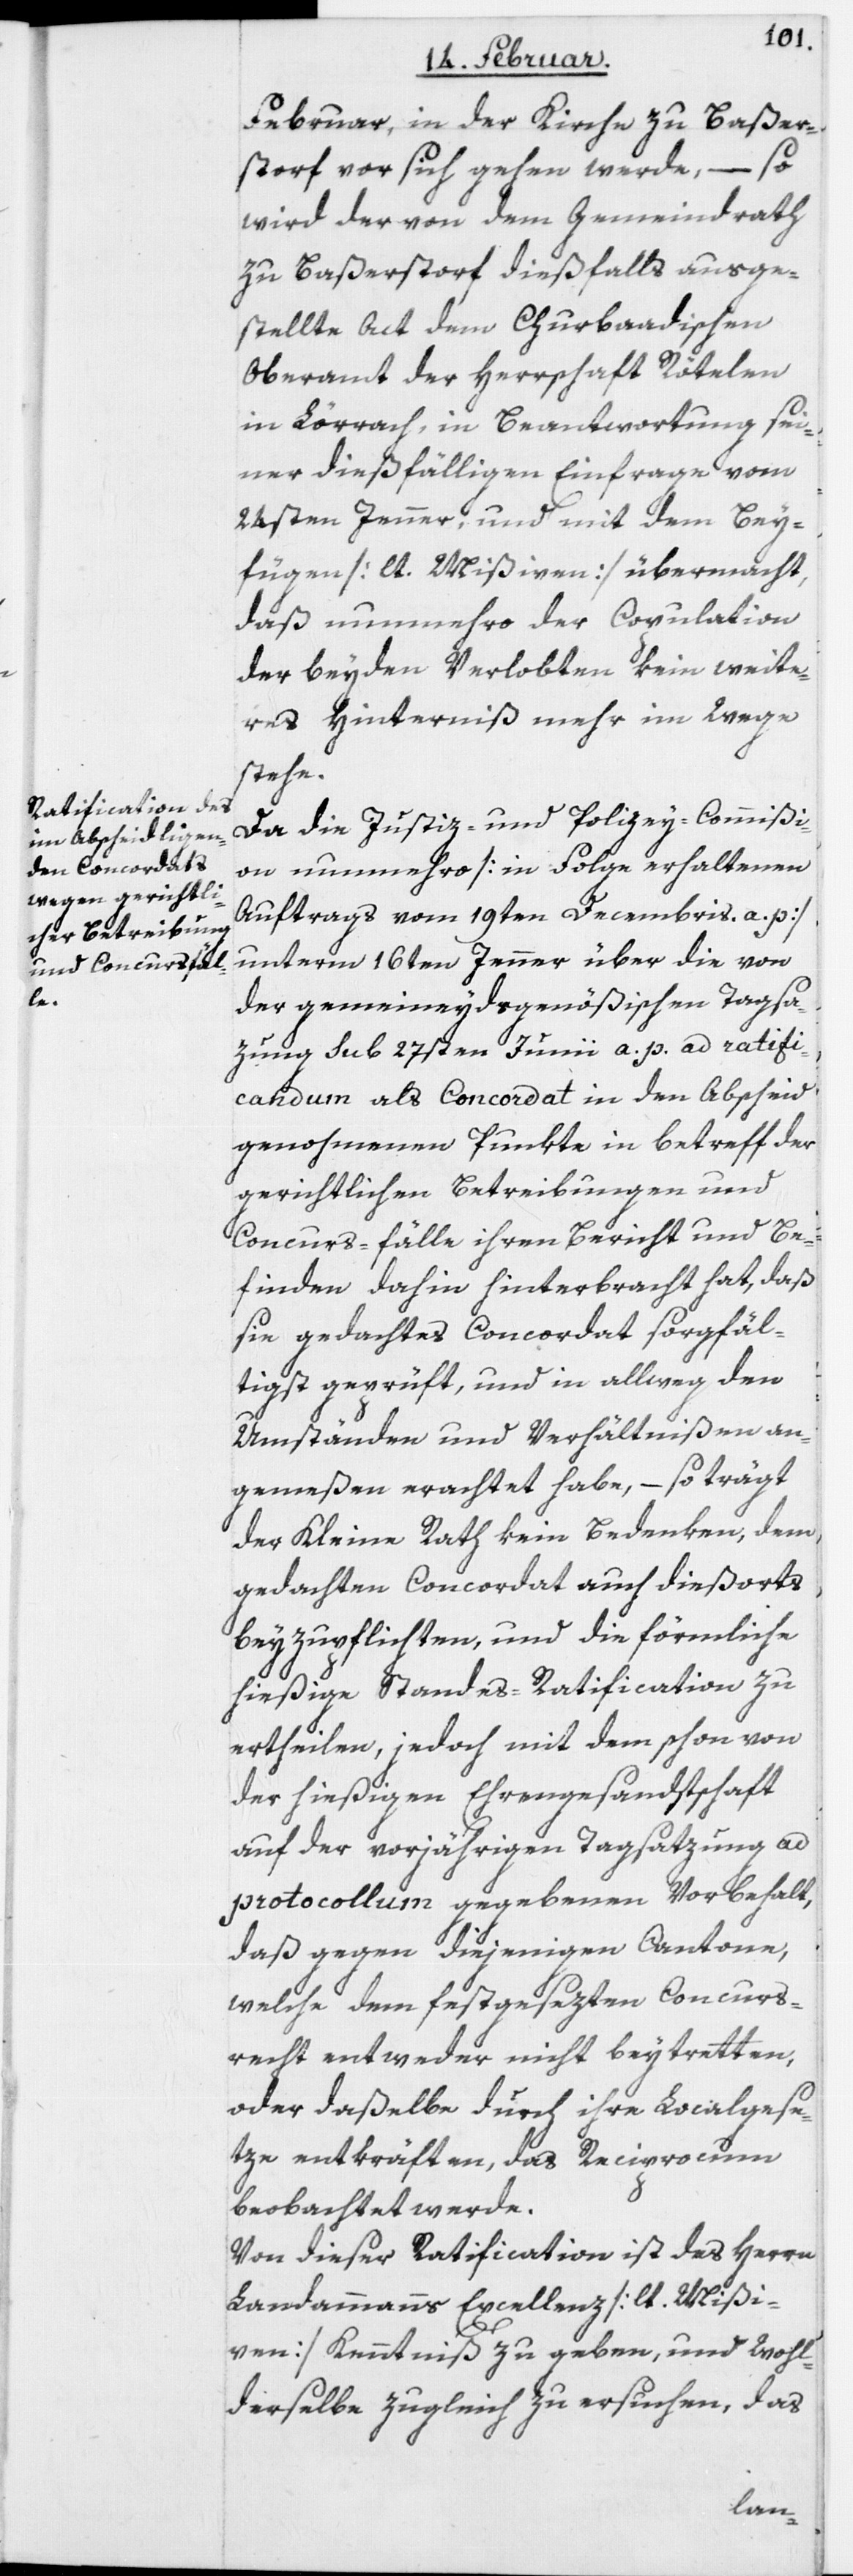
Februar, in der Kirche zu Baßer¬
storf vor sich gehen werde, – so
wird der von dem Gemeindrath
zu Baßerstorf dießfalls ausge¬
stellte Act dem Churbadischen
Oberamt der Herrschaft Rötelen
in Lörrach, in Beantwortung sei¬
ner dießfälligen Einfrage vom
24sten Jenner, und mit dem Bey¬
fügen [lt. Mißiven] übermacht,
daß nunmehro der Copulation
der beyden Verlobten kein weite¬
res Hinterniß mehr im Wege
stehe.
Da die Justiz- und Polizey-Commißi¬
on nunmehro [in Folge erhaltenen
Auftrags vom 19ten Decembris a. p.]
unterm 16ten Jenner über die von
der gemeineydsgenößischen Tagsa¬
zung sub 27sten Junii a. p. ad ratifi¬
candum als Concordat in den Abscheid
genohmenen Punkte in betreff der
gerichtlichen Betreibungen und
Concurs-fälle ihren Bericht und Be¬
finden dahin hinterbracht hat, daß
sie gedachtes Concordat sorgfäl¬
tigst geprüft, und in allweg den
Umständen und Verhlätnißen an¬
gemeßen erachtet habe, – so trägt
der Kleine Rath kein Bedenken, dem
gedachten Concordat auch dießorts
beyzupflichten, und die förmliche
hießige Standes-Ratification zu
ertheilen, jedoch mit dem schon von
der hießigen Ehrengesandtschaft
auf der vorjährigen Tagsatzung ad
protocollum gegebenen Vorbehalt,
daß gegen diejenigen Cantone,
welche dem festgesezten Concurs¬
recht entweder nicht beytretten,
oder daßelbe durch ihre Localgese¬
tze entkräften, das Reciprocum
beobachtet werde.
Von dieser Ratification ist des Herrn
Landammanns Excellenz [lt. Mißi¬
ven] Kenntniß zu geben, und Wohl¬
derselbe zugleich zu ersuchen, das